Lunatic asylums Madras 1877-1891 - 1877-1891
Year: 1877
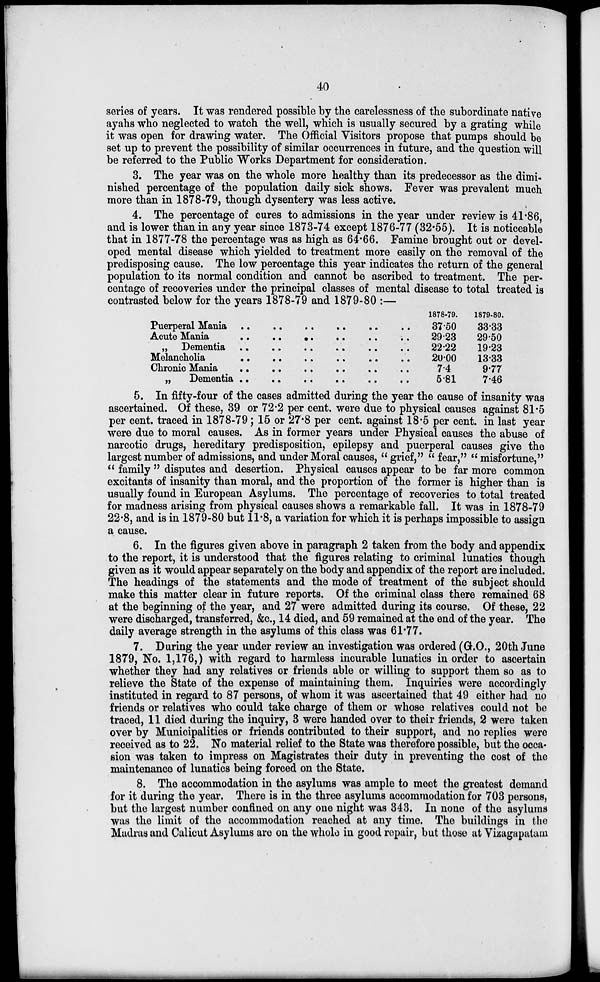
40
series of years. It was rendered possible by the carelessness of the subordinate native
ayahs who neglected to watch the well, which is usually secured by a grating while
it was open for drawing water. The Official Visitors propose that pumps should be
set up to prevent the possibility of similar occurrences in future, and the question will
be referred to the Public Works Department for consideration.
3. The year was on the whole more healthy than its predecessor as the dimi-
nished percentage of the population daily sick shows. Fever was prevalent much
more than in 1878-79, though dysentery was less active.
4. The percentage of cures to admissions in the year under review is 41.86,
and is lower than in any year since 1873-74 except 1876-77 (32.55). It is noticeable
that in 1877-78 the percentage was as high as 64.66. Famine brought out or devel-
oped mental disease which yielded to treatment more easily on the removal of the
predisposing cause. The low percentage this year indicates the return of the general
population to its normal condition and cannot be ascribed to treatment. The per-
centage of recoveries under the principal classes of mental disease to total treated is
contrasted below for the years 1878-79 and 1879-80 :—
Puerperal Mania .. .. .. .. .. ..
Acute Mania .. .. .. .. .. ..
„ Dementia .. .. .. .. .. ..
Melancholia .. .. .. .. .. ..
Chronic Mania .. .. .. .. .. ..
„ Dementia .. .. .. .. .. ..
1878-79.
37.50
29.23
22.22
20.00
7.4
5.81
1879-80.
33.33
29.50
19.23
13.33
9.77
7.46
5. In fifty-four of the cases admitted during the year the cause of insanity was
ascertained. Of these, 39 or 72.2 per cent. were due to physical causes against 81.5
per cent, traced in 1878-79; 15 or 27.8 per cent. against 18.5 per cent, in last year
were due to moral causes. As in former years under Physical causes the abuse of
narcotic drugs, hereditary predisposition, epilepsy and puerperal causes give the
largest number of admissions, and under Moral causes, "grief," "fear," "misfortune,"
"family" disputes and desertion. Physical causes appear to be far more common
excitants of insanity than moral, and the proportion of the former is higher than is
usually found in European Asylums. The percentage of recoveries to total treated
for madness arising from physical causes shows a remarkable fall. It was in 1878-79
22.8, and is in 1879-80 but 11.8, a variation for which it is perhaps impossible to assign
a cause.
6. In the figures given above in paragraph 2 taken from the body and appendix
to the report, it is understood that the figures relating to criminal lunatics though
given as it would appear separately on the body and appendix of the report are included.
The headings of the statements and the mode of treatment of the subject should
make this matter clear in future reports. Of the criminal class there remained 68
at the beginning of the year, and 27 were admitted during its course. Of these, 22
were discharged, transferred, &c., 14 died, and 59 remained at the end of the year. The
daily average strength in the asylums of this class was 61.77.
7. During the year under review an investigation was ordered (G.O., 20th June
1879, No. 1,176,) with regard to harmless incurable lunatics in order to ascertain
whether they had any relatives or friends able or willing to support them so as to
relieve the State of the expense of maintaining them. Inquiries were accordingly
instituted in regard to 87 persons, of whom it was ascertained that 49 either had no
friends or relatives who could take charge of them or whose relatives could not be
traced, 11 died during the inquiry, 3 were handed over to their friends, 2 were taken
over by Municipalities or friends contributed to their support, and no replies were
received as to 22. No material relief to the State was therefore possible, but the occa-
sion was taken to impress on Magistrates their duty in preventing the cost of the
maintenance of lunatics being forced on the State.
8. The accommodation in the asylums was ample to meet the greatest demand
for it during the year. There is in the three asylums accommodation for 703 persons,
but the largest number confined on any one night was 343. In none of the asylums
was the limit of the accommodation reached at any time. The buildings in the
Madras and Calicut Asylums are on the whole in good repair, but those at Vizagapatam